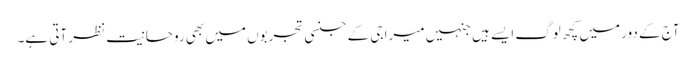
آج کے دور میں کچھ لوگ ایسے ہیں جنہیں میرا جی کے جنسی تجربوں میں بھی روحانیت نظر آتی ہے۔